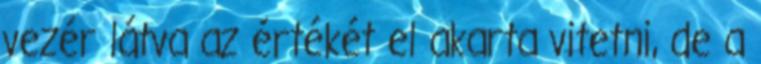
vezér látva az értékét el akarta vitetni, de a